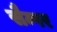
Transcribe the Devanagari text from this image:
सैम्पर